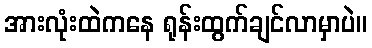
အားလုံးထဲကနေ ရုန်းထွက်ချင်လာမှာပဲ။